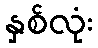
နှစ်လုံး